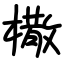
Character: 橵